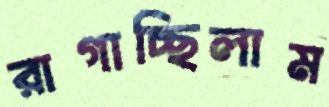
রাগাচ্ছিলাম